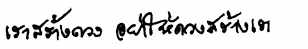
เราสร้างดวงอย่าให้ดวงสร้างเรา